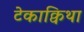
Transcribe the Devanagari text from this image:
टेकाक्विथा